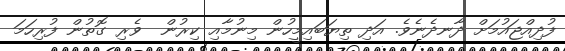
ފުދިއްޖައުމަށް ދާނދެނެވެ. އަދި ތިޔަބައިމީހުން މިނުމާއި ކިރުން  ވެރި ގޮތުން ފުރިހަމަ